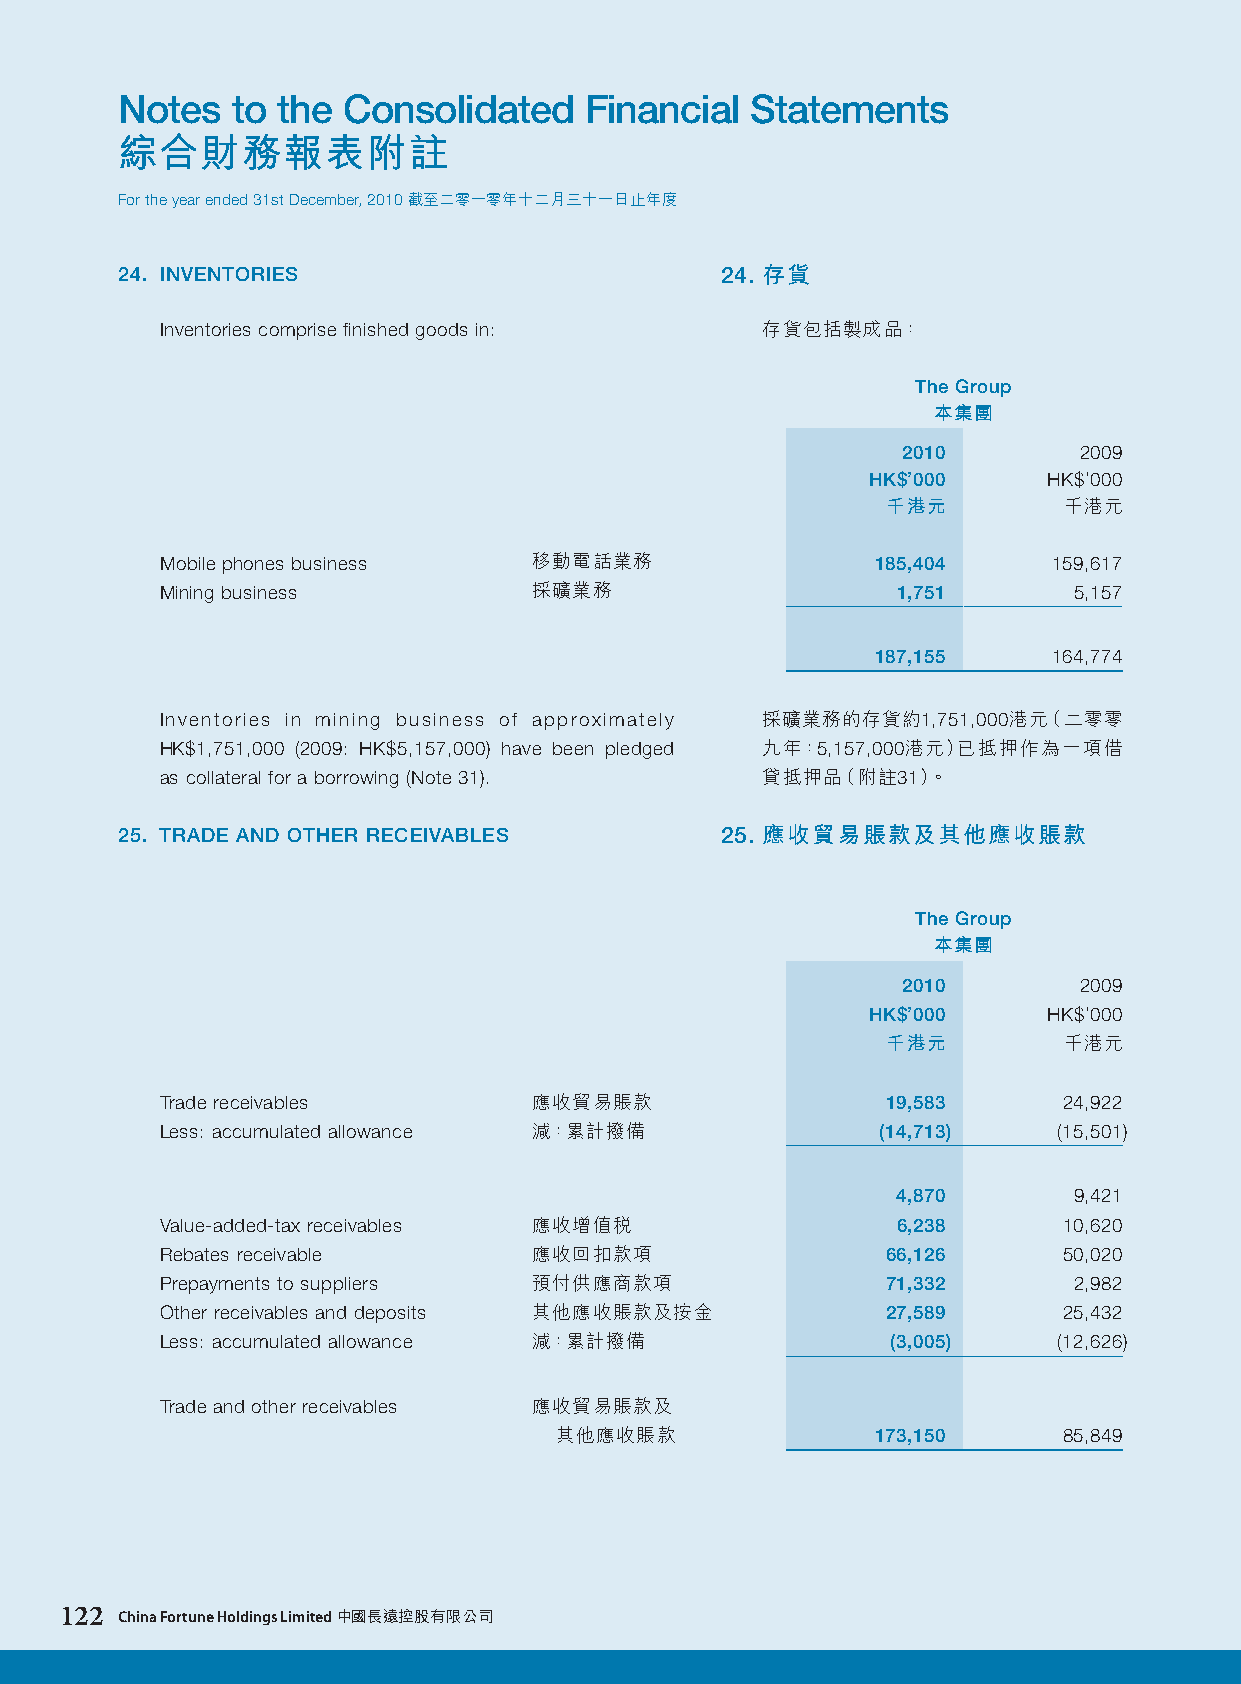
Notes  to the  Consolidated    Financial  Statements
 綜合財務報表附註
 For the year ended 31st December, 2010 截至二零一零年十二月三十一日止年度
 24. INVENTORIES                         24. 存貨
 Inventories comprise finished goods in: 存貨包括製成品：
 The Group
 本集團
 2010       2009
 HK$’000     HK$’000
 千港元        千港元
 Mobile phones business  移動電話業務                 185,404     159,617
 Mining business         採礦業務                    1,751       5,157
 187,155     164,774
 Inventories in mining business of approximately 採礦業務的存貨約1,751,000港元（二零零
 HK$1,751,000 (2009: HK$5,157,000) have been pledged 九年：5,157,000港元）已抵押作為一項借
 as collateral for a borrowing (Note 31). 貸抵押品（附註31）。
 25. TRADE AND OTHER RECEIVABLES         25. 應收貿易賬款及其他應收賬款
 The Group
 本集團
 2010       2009
 HK$’000     HK$’000
 千港元        千港元
 Trade receivables       應收貿易賬款                  19,583     24,922
 Less: accumulated allowance 減：累計撥備             (14,71 3)   (15,501)
 4,870       9,421
 Value-added-tax receivables 應收增值稅               6,238      10,620
 Rebates receivable      應收回扣款項                  66,126     50,020
 Prepayments to suppliers 預付供應商款項                71,332      2,982
 Other receivables and deposits 其他應收賬款及按金        27,589     25,432
 Less: accumulated allowance 減：累計撥備              (3,00 5)   (12,626)
 Trade and other receivables 應收貿易賬款及
 其他應收賬款               173,15 0    85,849
 122 China Fortune Holdings Limited 中國長遠控股有限公司